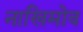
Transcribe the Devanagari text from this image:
नाखिमोव